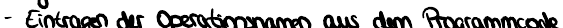
- Eintragen der Operationsnamen aus dem Programmcode